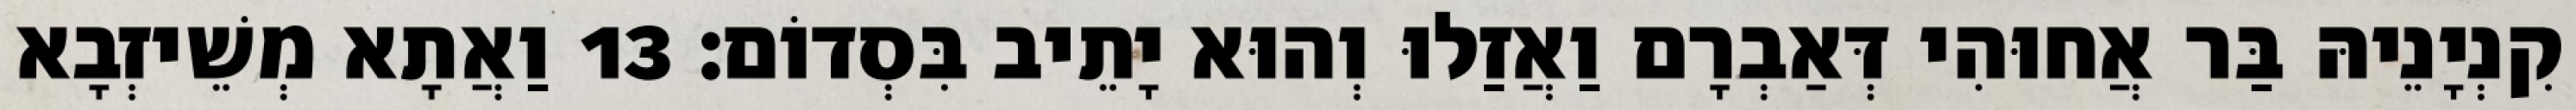
קִנְיָנֵיהּ בַּר אֲחוּהִי דְּאַבְרָם וַאֲזַלוּ וְהוּא יָתֵיב בִּסְדוֹם׃ 13 וַאֲתָא מְשֵׁיזְבָא